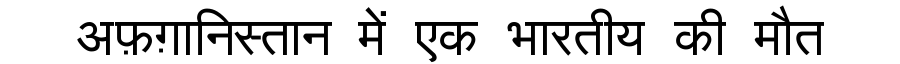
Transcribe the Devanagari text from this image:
अफ़ग़ानिस्तान में एक भारतीय की मौत